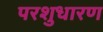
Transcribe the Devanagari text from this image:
परशुधारण